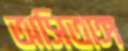
অসিতাঙ্গ